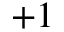
+ 1